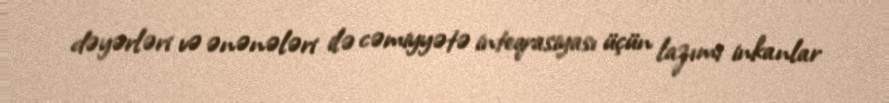
dəyərləri və ənənələri ilə cəmiyyətə inteqrasiyası üçün lazımi inkanlar